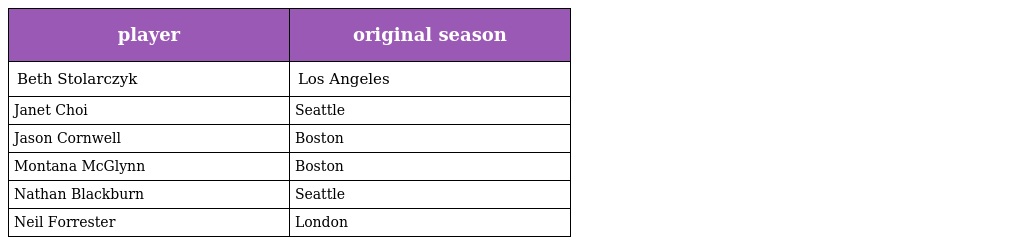
| player | original season |
 | --- | --- |
 | Beth Stolarczyk | Los Angeles |
 | Janet Choi | Seattle |
 | Jason Cornwell | Boston |
 | Montana McGlynn | Boston |
 | Nathan Blackburn | Seattle |
 | Neil Forrester | London |